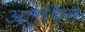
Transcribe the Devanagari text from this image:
अलथिन